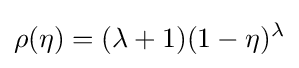
\rho (\eta )=(\lambda +1)(1-\eta )^{\lambda }